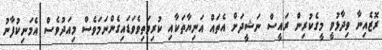
ރޮޒެއިނާ ވިދާޅުވީ މީގެކުރިން ރައީސް ނަޝީދަށް އެތައް އަނިޔާތަކާއި ކުރިމަތިވެވަޑައިގެންނަމަވެސް މިއަދުވެސް އެމަނިކުފާނު